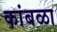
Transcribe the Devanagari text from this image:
कांबळा